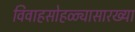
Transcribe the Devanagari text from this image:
विवाहसोहळ्यासारख्या